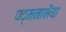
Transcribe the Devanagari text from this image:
पद्मनाभैया